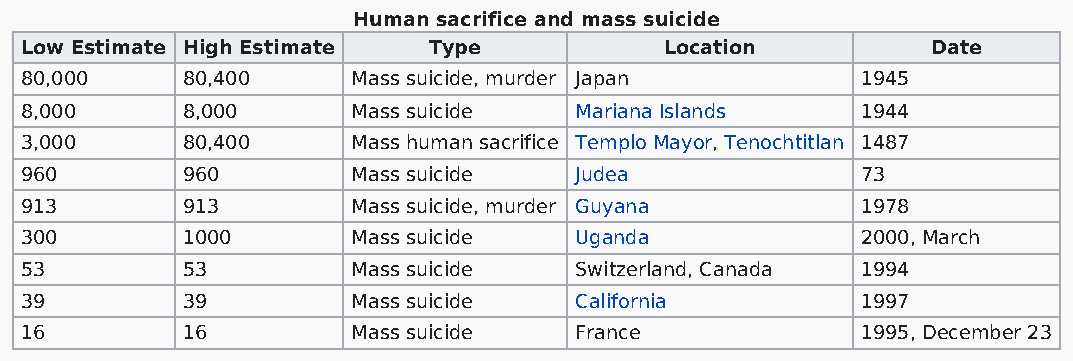
Human sacrifice and mass suicide
 Low Estimate High Estimate Type            Location          Date
 80,000     80,400     Mass suicide, murder Japan        1945
 8,000      8,000      Mass suicide   Mariana Islands    1944
 3,000      80,400     Mass human sacrifice Templo Mayor, Tenochtitlan 1487
 960        960        Mass suicide   Judea              73
 913        913        Mass suicide, murder Guyana       1978
 300        1000       Mass suicide   Uganda             2000, March
 53         53         Mass suicide   Switzerland, Canada 1994
 39         39         Mass suicide   California         1997
 16         16         Mass suicide   France             1995, December 23